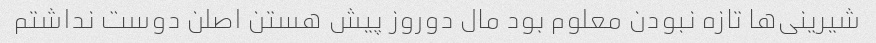
شیرینی‌ها تازه نبودن معلوم بود مال دوروز پیش هستن اصلن دوست نداشتم